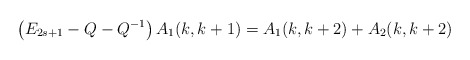
\begin{align*}\left( E_{2s+1}-Q-Q^{-1}\right) A_{1}(k,k+1)=A_{1}(k,k+2)+A_{2}(k,k+2)\end{align*}